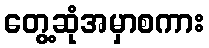
တွေ့ဆုံအမှာစကား